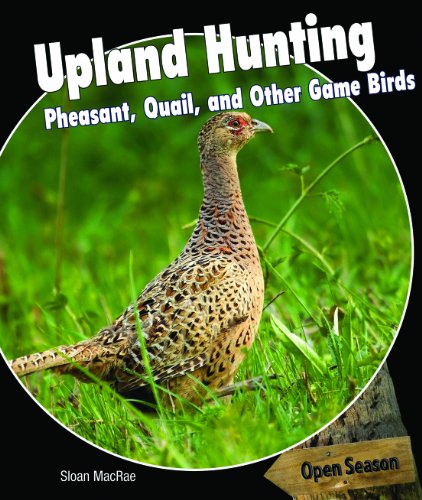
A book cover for Upland Hunting: Pheasant, Quail, and Other Game Birds (Open Season); Sloan MacRae; Children's Books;